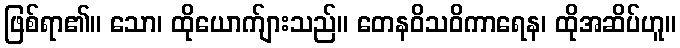
ဖြစ်ရာ၏။ သော၊ ထိုယောက်ျားသည်။ တေနဝိသဝိကာရေန၊ ထိုအဆိပ်ဟူ။